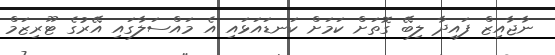
ނާޖާއިޒް ފައިދާ ލިބޭ ގޮތަށް ކަމަށް ކަނޑައަޅައި އެ މައްސަލާގައި އޭރުގެ ޓޫރިޒަމް